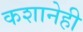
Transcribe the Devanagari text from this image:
कशानेही